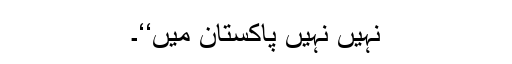
نہیں نہیں پاکستان میں‘‘۔